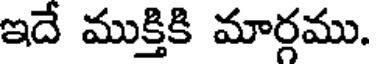
ఇదే ముక్తికి మార్గము.